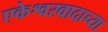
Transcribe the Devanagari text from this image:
एकेश्वरवादाच्या